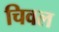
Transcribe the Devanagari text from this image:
चिवल